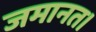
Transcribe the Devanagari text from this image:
जमानत।